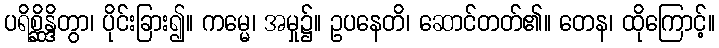
ပရိစ္ဆိန္ဒိတွာ၊ ပိုင်းခြား၍။ ကမ္မေ၊ အမှု၌။ ဥပနေတိ၊ ဆောင်တတ်၏။ တေန၊ ထိုကြောင့်။